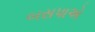
બસપાએ